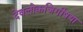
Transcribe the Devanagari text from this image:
देवलोकजिगीषया